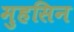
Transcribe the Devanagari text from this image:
मुहसिन